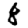
Digit: 8